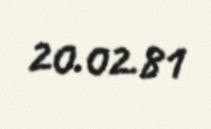
20.02.81